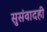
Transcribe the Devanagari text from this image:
सुसंवादही